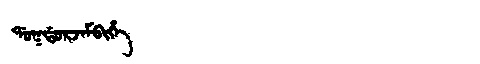
Manchu: ᡩᠣᡴᡩᠣᡵᠵᠠᠮᠪᡳᡥᡝ
Romanization: DOKDORJAMBIHE